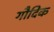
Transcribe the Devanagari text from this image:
गौदिक